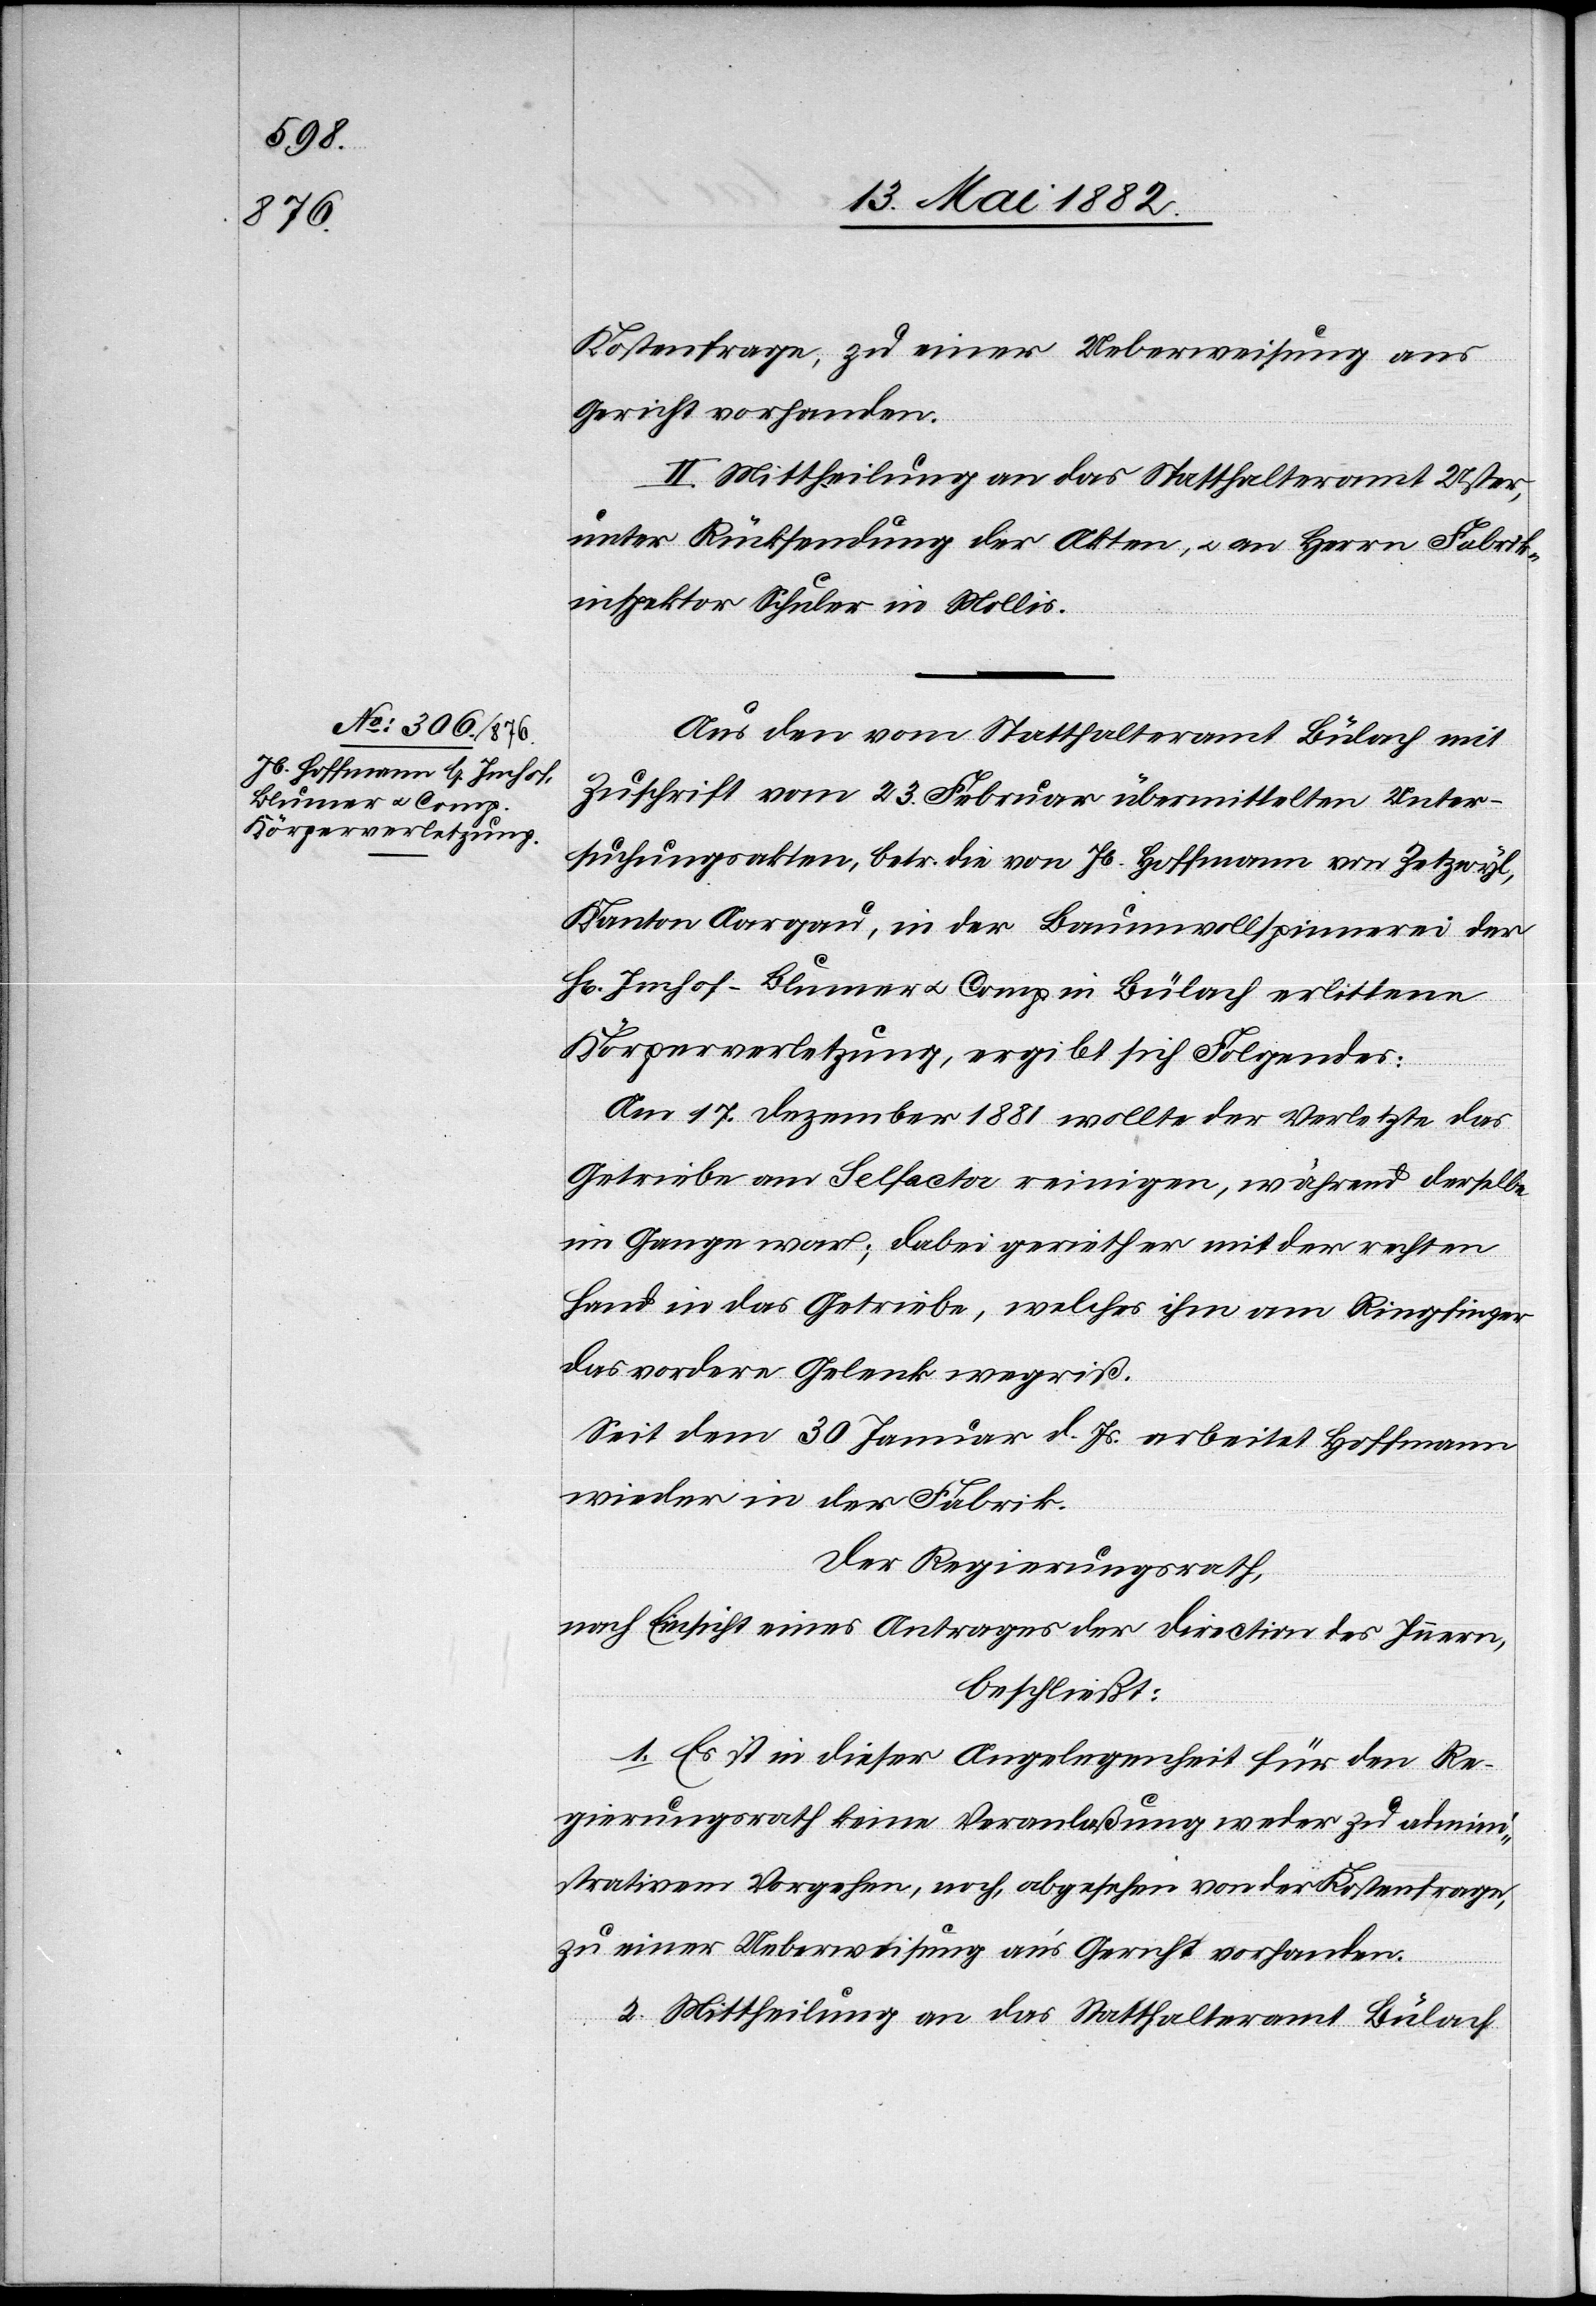
Kostenfrage, zu einer Ueberweisung ans
Gericht vorhanden.
2. Mittheilung an das Statthalteramt Uster,
unter Rücksendung der Akten, u. an Herrn Fabrik¬
inspektor Schuler in Mollis.
Aus den vom Statthalteramt Bülach mit
Zuschrift vom 23. Februar übermittelten Unter¬
suchungsakten, betr. die von Jb. Hofmann von Zetzwyl,
Kanton Aargau, in der Baumwollspinnerei der
Körperverletzung, ergibt sich Folgendes:
Am 17. Dezember 1881 wollte der Verletzte das
Getriebe am Selfactor reinigen, während derselbe
im Gange war; dabei gerieth er mit der rechten
Hand in das Getriebe, welches ihm am Ringfinger
das vordere Gelenk wegriß.
Seit dem 30. Januar d. Js. arbeitet Hofmann
wieder in der Fabrik.
Der Regierungsrath,
nach Einsicht eines Antrages der Direction des Innern,
beschließt:
1. Es ist in dieser Angelegenheit für den Re¬
gierungsrath keine Veranlaßung weder zu admini¬
strativem Vorgehen, noch, abgesehen von der Kostenfrage,
zu einer Ueberweisung an’s Gericht vorhanden.
2. Mittheilung an das Statthalteramt Bülach